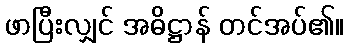
ဖာပြီးလျှင် အဓိဋ္ဌာန် တင်အပ်၏။